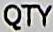
QTY